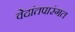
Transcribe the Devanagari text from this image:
वेदांतपारंगत